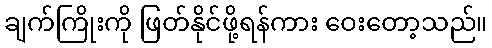
ချက်ကြိုးကို ဖြတ်နိုင်ဖို့ရန်ကား ဝေးတော့သည်။